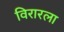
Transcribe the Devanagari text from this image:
विरारला